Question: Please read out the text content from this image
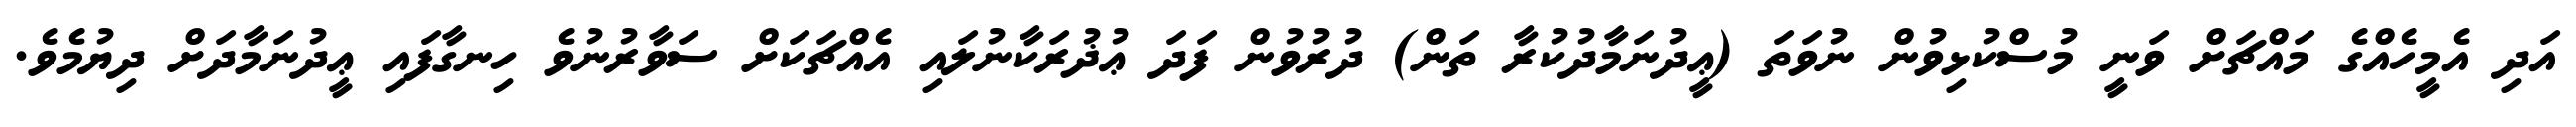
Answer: އަދި އެމީހެއްގެ މައްޗަށް ވަނީ މުސްކުޅިވުން ނުވަތަ (ޢީދުނަމާދުކުރާ ތަން) ދުރުވުން ފަދަ ޢުޛުރަކާނުލައި އެއްޗަކަށް ސަވާރުނުވެ ހިނގާފައި ޢީދުނަމާދަށް ދިޔުމެވެ.